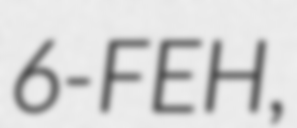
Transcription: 6-FEH,